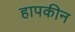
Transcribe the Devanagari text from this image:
हापकीन